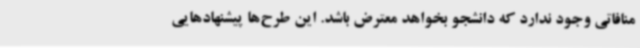
منافاتی وجود ندارد که دانشجو بخواهد معترض باشد. این طرح‌ها پیشنهادهایی